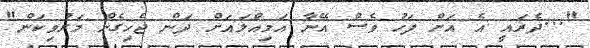
"...ދެރައީ އެ އަށް ފަހު ވެސް އޭނާ އަމިއްލައަށް ދަން ޖެހިގެން މަރުވިކަން"